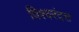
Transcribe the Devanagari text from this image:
विश्वरंदत्त